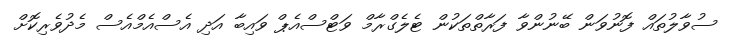
ސުވާލުތައް ފޮނުވަން ބޭނުންވާ ފަރާތްތަކުން ޓެލެގްރާމް ވަޓްސްއެޕް ވައިބާ އަދި އެސްއެމްއެސް މެދުވެރިކޮށް